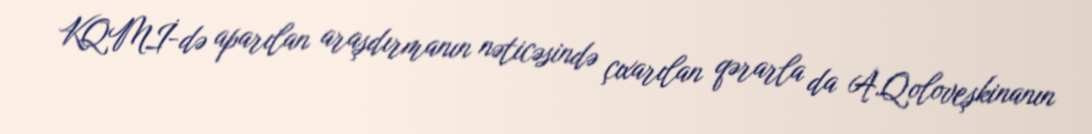
KQMİ-də aparılan araşdırmanın nəticəsində çıxarılan qərarla da A.Qoloveşkinanın